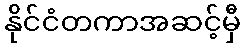
နိုင်ငံတကာအဆင့်မှီ